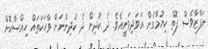
ނަފާޒާވެސް ފޮތް ކިޔުމާގެން އަވަދިވަނީއެވެ. ދެ ކުދިން ދެ ކުދިންނަށް ވާހަކަތައް ހިއްސާކޮށް